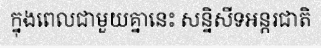
ក្នុងពេលជាមួយគ្នានេះ សន្និសីទអន្តរជាតិ